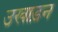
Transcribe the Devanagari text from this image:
उखाड़न